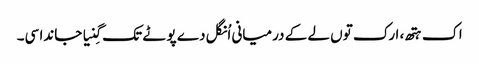
اک ہتھ، ارک توں لے کے درمیانی اُنگل دے پوٹے تک گِنیا جاندا سی۔